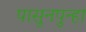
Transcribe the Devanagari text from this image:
पासूनपुन्हा